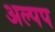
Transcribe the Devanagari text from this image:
अल्पप